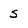
Character: 5